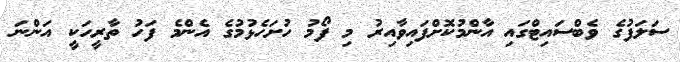
ސަލަފުގެ ވެބްސައިޓްގައި އާންމުކޮށްފައިވާއިރު މި ފޯމު ހުށަހެޅުމުގެ އެންމެ ފަހު ތާރީހަކީ އަންނަ